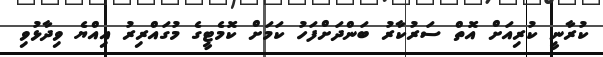
ކުރާނީ ކުރިއަށް އޮތް ސަރުކާރު ބަންދަށްފަހު ކަމަށް ކޮމެޓީގެ މުގައްރިރު އިއްޔެ ވިދާޅުވި